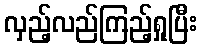
လှည့်လည်ကြည့်ရှုပြီး